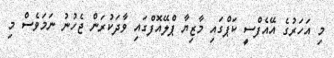
މި އަަހަރުގެ އޭއެފްސީ ކަޕްގައި މާޒިޔާ ޕްލޭއޮފްގައި ވާދަކުރަން ޖެހުނު ނަމަވެސް މި